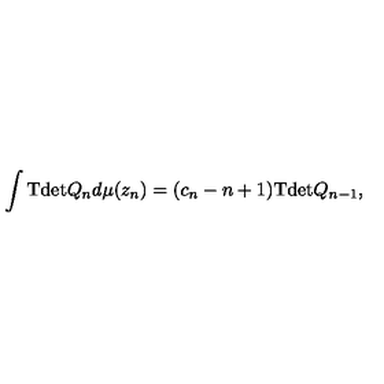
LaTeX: \int \mathrm { T d e t } Q _ { n } d \mu ( z _ { n } ) = ( c _ { n } - n + 1 ) \mathrm { T d e t } Q _ { n - 1 } ,